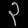
Digit: ၃